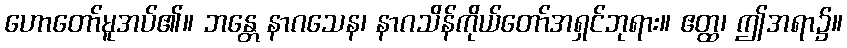
ဟောတော်မူအပ်၏။ ဘန္တေ နာဂသေန၊ နာဂသိန်ကိုယ်တော်အရှင်ဘုရား။ ဧတ္ထ၊ ဤအရာ၌။